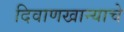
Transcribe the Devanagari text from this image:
दिवाणखान्याचे